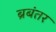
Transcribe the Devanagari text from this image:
ब्रबंतर